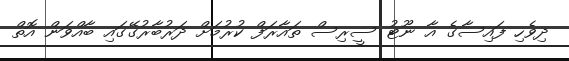
ދިވެހި ފައިސާގެ އާ ނޫޓު ސީރިސް ތައާރަފް ކުރުމަށް ދަރުބާރުގޭގައި ބާއްވަން އޮތް